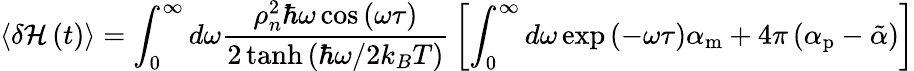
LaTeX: \left<\delta\mathcal{H}\left(t\right)\right>=\int_{0}^{\infty}{d\omega\frac{\rho_{n}^{2}\hbar\omega\cos\left(\omega\tau\right)}{2\operatorname{tanh}\left(\hbar\omega/2k_{B}T\right)}}\left[\int_{0}^{\infty}{d\omega\exp\left(-\omega\tau\right)\alpha_{\mathrm{m}}}+4\pi\left(\alpha_{\mathrm{p}}-\tilde{\alpha}\right)\right]